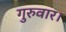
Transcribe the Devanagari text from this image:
गुरुवार।